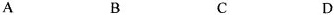
A B C D